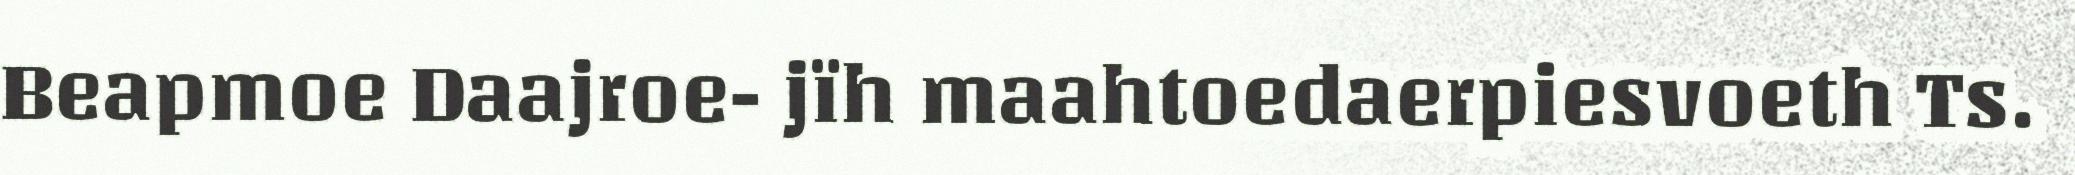
Beapmoe Daajroe- jïh maahtoedaerpiesvoeth Ts.